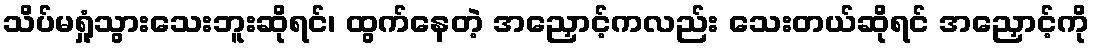
သိပ်မရှုံ့သွားသေးဘူးဆိုရင်၊ ထွက်နေတဲ့ အညှောင့်ကလည်း သေးတယ်ဆိုရင် အညှောင့်ကို